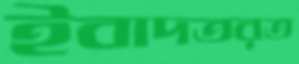
ইবাদতরত